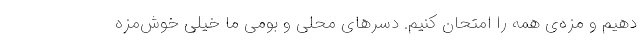
دهیم و مزه‌ی همه را امتحان کنیم. دسرهای محلی و بومی ما خیلی خوش‌مزه